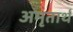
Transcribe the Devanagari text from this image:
अमृतार्थं